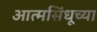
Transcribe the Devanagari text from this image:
आत्मसिंधूच्या